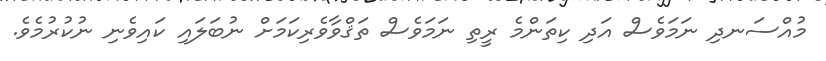
މުއްސަނދި ނަމަވެސް އަދި ކިތަންމެ ރީތި ނަމަވެސް ތަޤްވާވެރިކަމަށް ނުބަލައި ކައިވެނި ނުކުރުމެވެ.